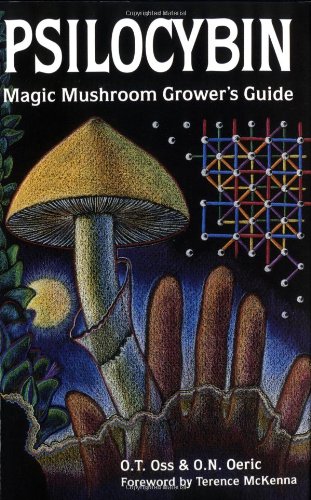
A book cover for Psilocybin: Magic Mushroom Grower's Guide: A Handbook for Psilocybin Enthusiasts; O. T. Oss; Crafts, Hobbies & Home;